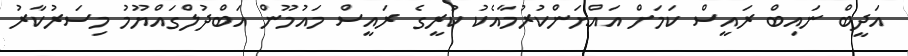
އަދީބް ނައިބް ރައީސް ކަމަށް އައްޔަންކުރުމާއެކު ކުރީގެ ރައީސް މައުމޫން އަބްދުލްގައްޔޫމު މިސަރުކާރު